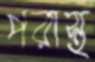
পরাস্থ